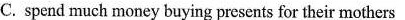
C. spend much money buying presents for their mothers